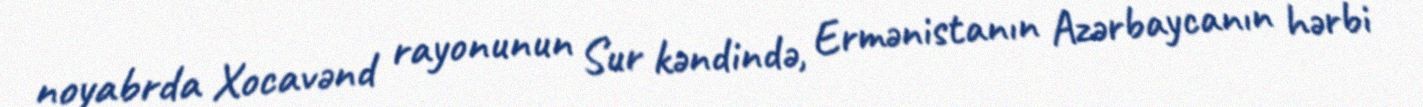
noyabrda Xocavənd rayonunun Sur kəndində, Ermənistanın Azərbaycanın hərbi